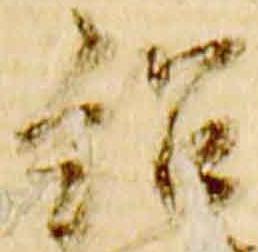
紹